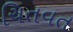
ચિતવત